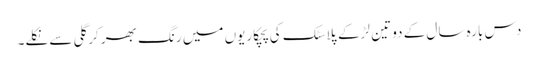
دس بارہ سال کے دو تین لڑکے پلاسٹک کی پچکاریوں میں رنگ بھر کر گلی سے نکلے۔